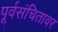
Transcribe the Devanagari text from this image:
पूर्वसंचितावर